Annual report on the Civil Veterinary Department, Burma (including the Insein Veterinary School) - 1923-1931
Year: 1923
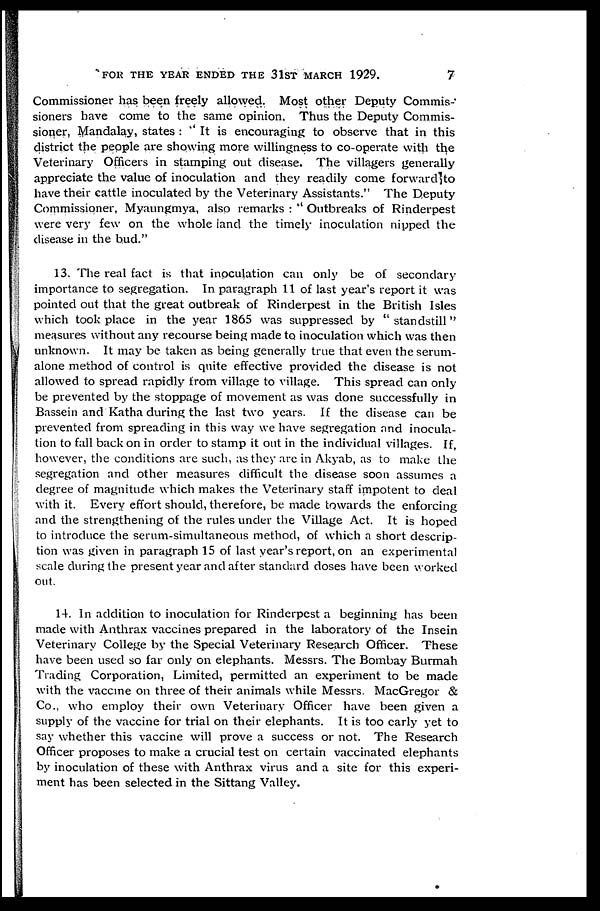
FOR THE YEAR ENDED THE 31ST MARCH 1929.
7
Commissioner has been freely allowed. Most other Deputy Commis-
sioners have come to the same opinion. Thus the Deputy Commis-
sioner, Mandalay, states : " It is encouraging to observe that in this
district the people are showing more willingness to co-operate with the
Veterinary Officers in stamping out disease. The villagers generally
appreciate the value of inoculation and they readily come forward to
have their cattle inoculated by the Veterinary Assistants." The Deputy
Commissioner, Myaungmya, also remarks : " Outbreaks of Rinderpest
were very few on the whole land the timely inoculation nipped the
disease in the hud."
13. The real fact is that inoculation can only be of secondary
importance to segregation. In paragraph 11 of last year's report it was
pointed out that the great outbreak of Rinderpest in the British Isles
which took place in the year 1865 was suppressed by "standstill"
measures without any recourse being made to inoculation which was then
unknown. It may be taken as being generally true that even the serum-
alone method of control is quite effective provided the disease is not
allowed to spread rapidly from village to village. This spread can only
be prevented by the stoppage of movement as was done successfully in
Bassein and Katha during the last two years. If the disease can be
prevented from spreading in this way we have segregation and inocula-
tion to fall back on in order to stamp it out in the individual villages. If,
however, the conditions are such, as they are in Akyab, as to make the
segregation and other measures difficult the disease soon assumes a
degree of magnitude which makes the Veterinary staff impotent to deal
with it. Every effort should, therefore, be made towards the enforcing
and the strengthening of the rules under the Village Act. It is hoped
to introduce the serum-simultaneous method, of which a short descrip-
tion was given in paragraph 15 of last year's report, on an experimental
scale during the present year and after standard doses have been worked
out.
14. In addition to inoculation for Rinderpest a beginning has been
made with Anthrax vaccines prepared in the laboratory of the Insein
Veterinary College by the Special Veterinary Research Officer. These
have been used so far only on elephants. Messrs. The Bombay Burmah
Trading Corporation, Limited, permitted an experiment to be made
with the vaccine on three of their animals while Messrs. MacGregor &
Co., who employ their own Veterinary Officer have been given a
supply of the vaccine for trial on their elephants. It is too early yet to
say whether this vaccine will prove a success or not. The Research
Officer proposes to make a crucial test on certain vaccinated elephants
by inoculation of these with Anthrax virus and a site for this experi-
ment has been selected in the Sittang Valley.